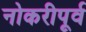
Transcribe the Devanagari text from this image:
नोकरीपूर्व